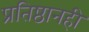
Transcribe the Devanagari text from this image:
प्रतिष्ठानही